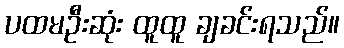
ပထမဦးဆုံး ထူထူ ချခင်းရသည်။